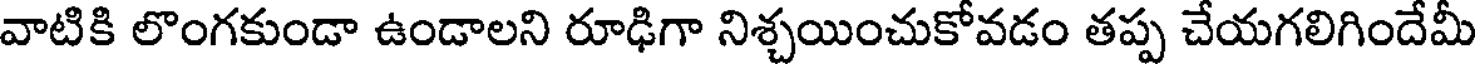
వాటికి లొంగకుండా ఉండాలని రూఢిగా నిశ్చయించుకోవడం తప్ప చేయగలిగిందేమీ